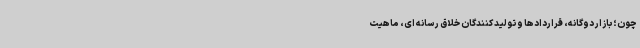
چون؛ بازار دوگانه، قراردادها و تولید کنندگان خلاق رسانه ای، ماهیت